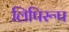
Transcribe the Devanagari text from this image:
लिपिरूप